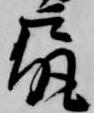
尻